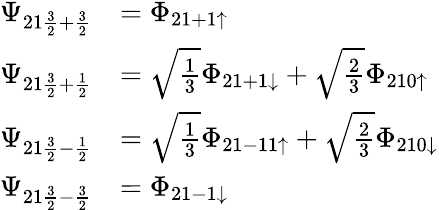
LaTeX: \begin{array}{rl}{\Psi_{21\frac{3}{2}+\frac{3}{2}}}&{=\Phi_{21+1\uparrow}}\\ {\Psi_{21\frac{3}{2}+\frac{1}{2}}}&{=\sqrt{\frac{1}{3}}\Phi_{21+1\downarrow}+\sqrt{\frac{2}{3}}\Phi_{210\uparrow}}\\ {\Psi_{21\frac{3}{2}-\frac{1}{2}}}&{=\sqrt{\frac{1}{3}}\Phi_{21-11\uparrow}+\sqrt{\frac{2}{3}}\Phi_{210\downarrow}}\\ {\Psi_{21\frac{3}{2}-\frac{3}{2}}}&{=\Phi_{21-1\downarrow}}\end{array}